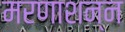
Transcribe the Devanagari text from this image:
मरणाशन्‍न